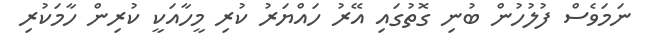
ނަމަވެސް ފުލުހުން ބުނި ގޮތުގައި އޭރު ހައްޔަރު ކުރި މީހާއަކީ ކުރިން ހާމަކުރި